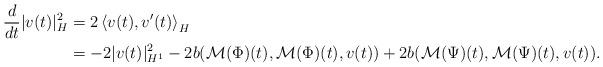
LaTeX: \begin{align*} \frac{d}{dt}|v(t)|_H^2 &= 2\left<v(t),v'(t)\right>_H\\ &=-2|v(t)|_{H^1}^2 - 2b(\mathcal{M}(\Phi)(t), \mathcal{M}(\Phi)(t), v(t)) + 2b(\mathcal{M}(\Psi)(t),\mathcal{M}(\Psi)(t),v(t)). \end{align*}